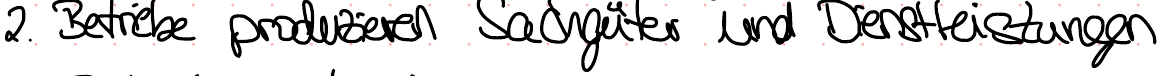
2. Betriebe produzieren Sachgüter und Dienstleistungen